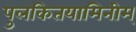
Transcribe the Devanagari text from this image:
पुलकितयामिनीम्